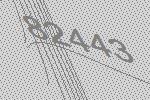
82443